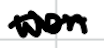
Text: won
Cross-out: wave
Writing tool: digital_black